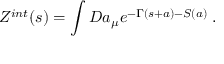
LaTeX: Z ^ { i n t } ( s ) = \int { \cal D } a _ { \mu } e ^ { - \Gamma ( s + a ) - S ( a ) } \; .